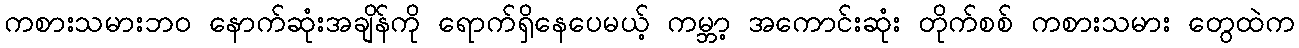
ကစားသမားဘဝ နောက်ဆုံးအချိန်ကို ရောက်ရှိနေပေမယ့် ကမ္ဘာ့ အကောင်းဆုံး တိုက်စစ် ကစားသမား တွေထဲက